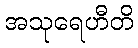
အသုရေဟီတိ